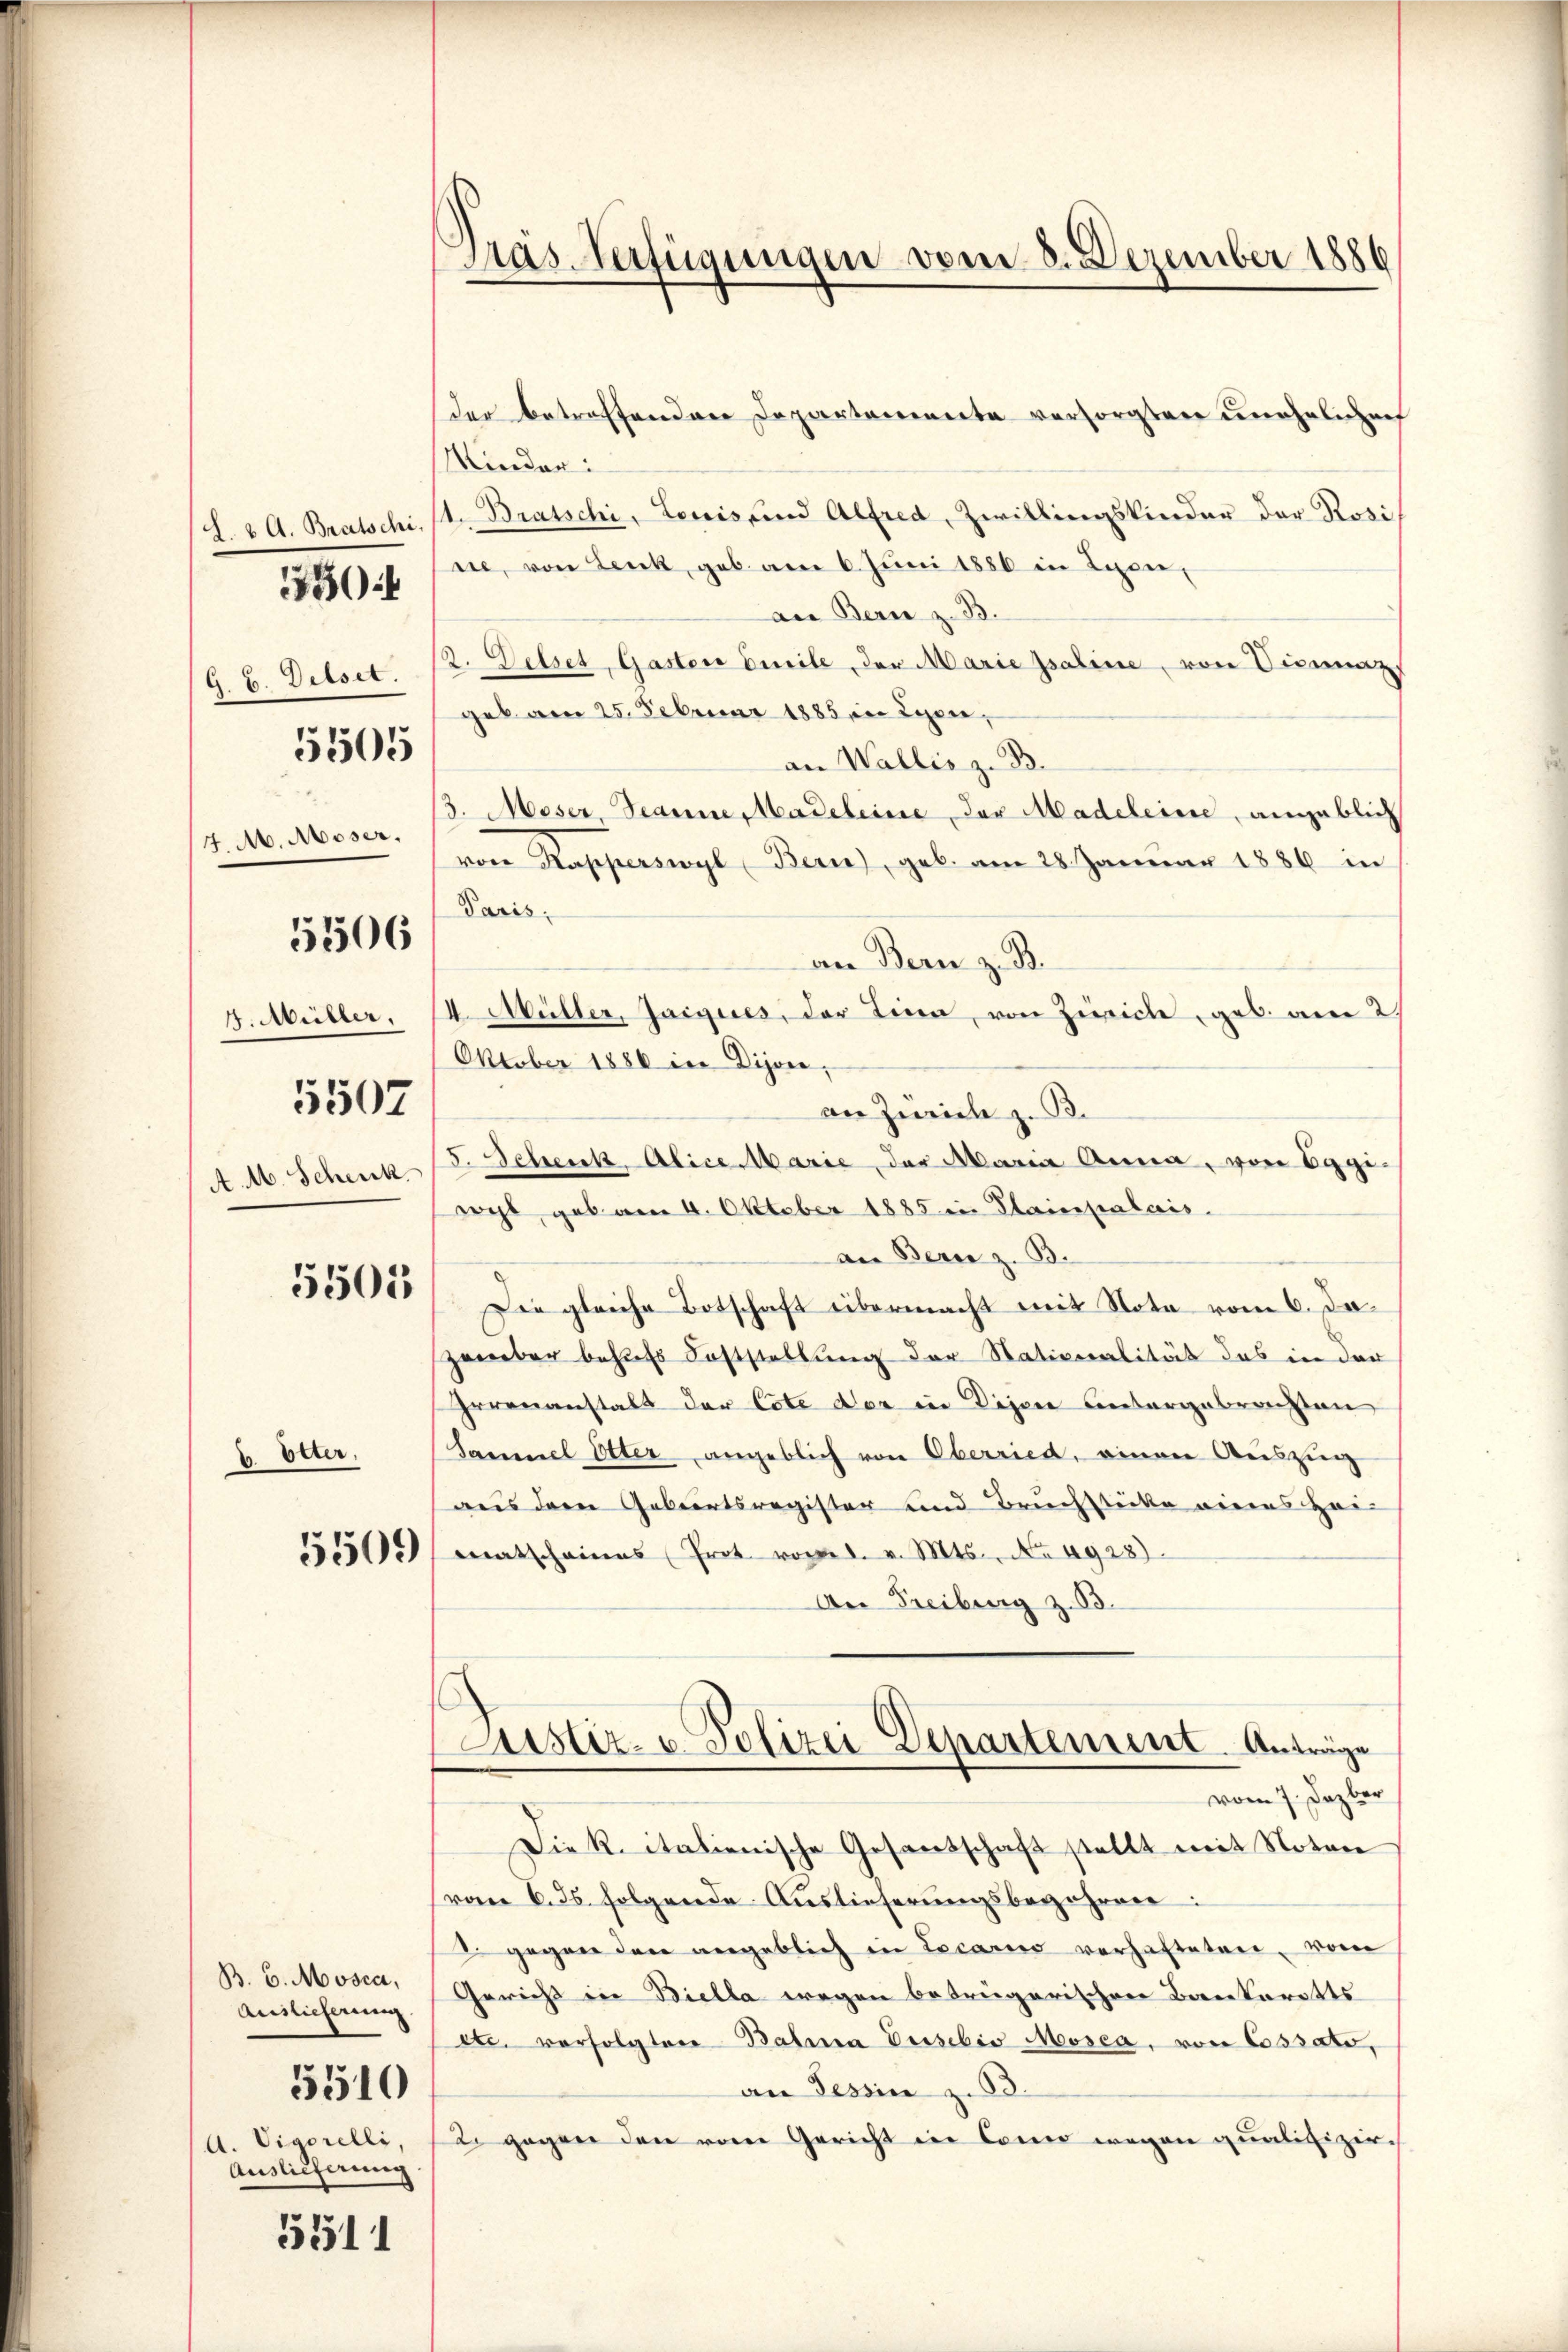
L. v. A. Bratschi,
G. B. Delset.

30

5505

4. M. Moser,

5506

4. Müller,

5507

A. M. Schenk

5505

b. Otter,

Auslieferung
5510
A. Vigorelli.
Auslieferung

5511

Das Verfügungen vom 8. Dezember 1886

der betreffenden Departemente versorgten unehelichen
Minder:
1. Bratschi, Louis und Alfred, Zwillingskinder der Rosi
sie, von Lenk, geb. am 6. Juni 1886 in Lyon,
an Bern z. B.
2. Felset, Gastor Curile, der Marie psaline, von Vicinaz
geb am 25. Februar 1885 in Lyon,
an Wallis z. B.
3. Moser Jeanne, Madeleine der Madeleine, angeblich
von Rapperswyl Bern, geb. am 28. Januar 1886 in
Paris,
an Bern z. B.
4. Müller, Jaigues, der Lina, von Zürich, geb. am 2.
Oktober 1886 in Dissen,
an Zürich z. B.
5. Schenk, Alice Marie, der Maria Anna, von Eggi-
wicht, gab am 4. Oktober 1885 in Plainpalais.
an Bern z. B.
Die gleiche Botschaft übermacht mit Nota vom 6. Jazember behufs Feststellung der Nationalität das in der
Irrenanstalt der Cote der in Disen Untergebrachten
Sammel Otter angeblich von Oberried, einen Auszug
aus dem Geburtsregister und Bruchstücke eines Hei¬
3550, matscheines Prot vorges. v. Mts. No 4928)
An Freiburg z. 13.
Justiz- u. Polizei Departement. Anträge
vom 7. Dezber
Die K. italienische Gesandschaft stellt mit Noten
(von 6. ds. folgende Auslieferungsbegehren
2. gegen den angeblich in Locarno verhafteten, vom
B. 6. Mosca, Gericht in Biella wegen betrügerischen Bankarotts
etc. verfolgten Balina Dusebio Moosca, von Cassato,
an Tessin z. B.
2. gegen den vom Gericht in Conn wegen qualifizie¬